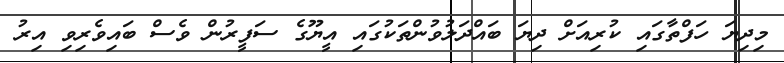
މިދިޔަ ހަފްތާގައި ކުރިއަށް ދިޔަ ބައްދަލުވުންތަކުގައި އީޔޫގެ ސަފީރުން ވެސް ބައިވެރިވި އިރު